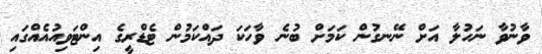
ވާނުވާ ނަހުލާ އަށް ނޭނގުން ކަމަށް ބުނެ ވާހަކަ ދައްކަމުން ޓެޑްރީގެ އިންޓަވިއުއެއްގައި